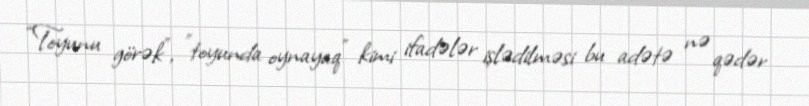
“Toyunu görək”, ”toyunda oynayaq” kimi ifadələr işlədilməsi bu adətə nə qədər